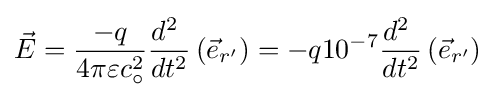
{\vec {E}}={-q \over 4\pi \varepsilon c_{\circ }^{2}}{d^{2}\  \over dt^{2}}\left({\vec {e}}_{r'}\right)=-q10^{-7}{d^{2}\  \over dt^{2}}\left({\vec {e}}_{r'}\right)